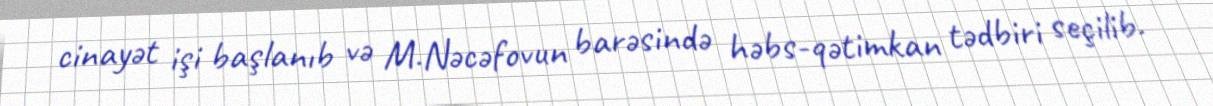
cinayət işi başlanıb və M.Nəcəfovun barəsində həbs-qətimkan tədbiri seçilib.